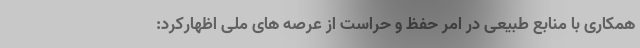
همکاری با منابع طبیعی در امر حفظ و حراست از عرصه های ملی اظهارکرد: